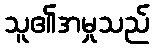
သူ၏အမှုသည်